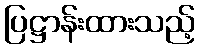
ပြဋ္ဌာန်းထားသည့်